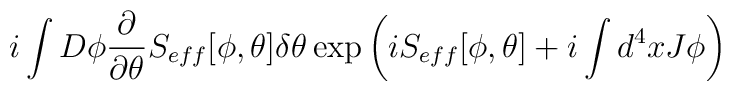
i\int D\phi \frac{\partial }{\partial \theta }S_{eff}[\phi ,\theta ]\delta \theta \exp \left( iS_{eff}[\phi ,\theta ]+i\int d^{4}xJ\phi \right)